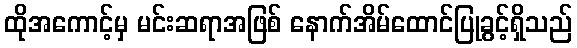
ထိုအကောင့်မှ မင်းဆရာအဖြစ် နောက်အိမ်ထောင်ပြုခွင့်ရှိသည်